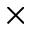
\times